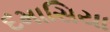
દમાસિયા